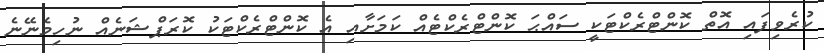
ކުރެވިފައި އޮތް ކޮންޓްރެކްޓަކީ ސައްޙަ ކޮންޓްރެކްޓެއް ކަމަށާއި އެ ކޮންޓްރެކްޓަކު ކޮރަޕްޝަނެއް ނުހިމެނޭނެ